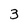
Character: 3